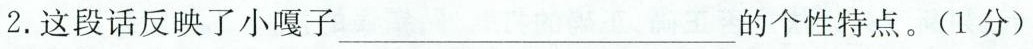
2. 这段话反映了小嘎子___ 的个性特点。(1分)